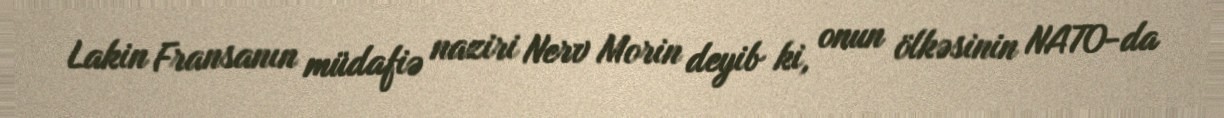
Lakin Fransanın müdafiə naziri Nerv Morin deyib ki, onun ölkəsinin NATO-da